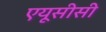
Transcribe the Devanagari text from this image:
एयूसीसी